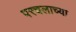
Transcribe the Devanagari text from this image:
परचलाच्या